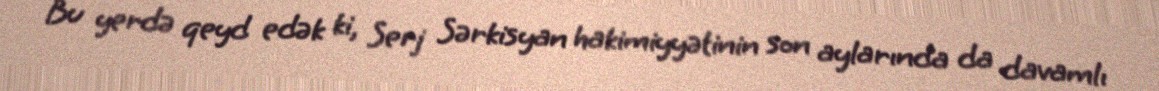
Bu yerdə qeyd edək ki, Serj Sərkisyan hakimiyyətinin son aylarında da davamlı